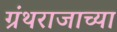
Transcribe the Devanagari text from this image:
ग्रंथराजाच्या